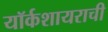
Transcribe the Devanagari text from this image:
यॉर्कशायराची